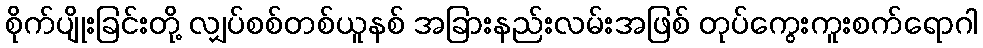
စိုက်ပျိုးခြင်းတို့ လျှပ်စစ်တစ်ယူနစ် အခြားနည်းလမ်းအဖြစ် တုပ်ကွေးကူးစက်ရောဂါ